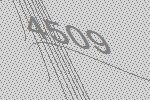
4509